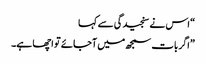
“ اس نے سنجیدگی سے کہا
”اگر بات سمجھ میں آجائے تو اچھا ہے۔